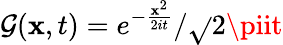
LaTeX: {\cal{G}}(\mathbf{x},t)=e^{-\frac{{\mathbf{x}^{2}}}{{2it}}}/\sqrt{}{{2\piit}}